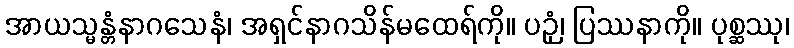
အာယသ္မန္တံနာဂသေနံ၊ အရှင်နာဂသိန်မထေရ်ကို။ ပဉှံ၊ ပြဿနာကို။ ပုစ္ဆဿု၊